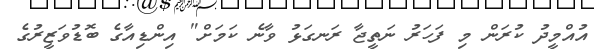
އުއްމީދު ކުރަން މި ފަހަރު ނަތީޖާ ރަނގަޅު ވާނެ ކަމަށް" އިންޑިއާގެ ބޮޑުވަޒީރުގެ